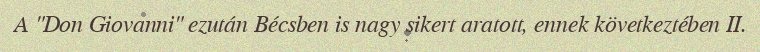
A "Don Giovanni" ezután Bécsben is nagy sikert aratott, ennek következtében II.